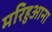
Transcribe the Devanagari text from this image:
मरिहुआना